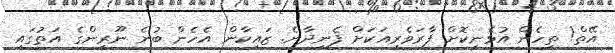
އޭތް! ތިހެން އުޅެނިކޮށް ފާރަވެރިއަކަށް ފެނިދާނެ. ޒައިކާން އެހެން ބުނެ ނޫރީންގެ އަތުގައި